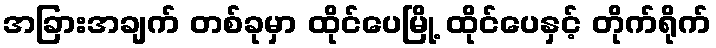
အခြားအချက် တစ်ခုမှာ ထိုင်ပေမြို့ ထိုင်ပေနှင့် တိုက်ရိုက်